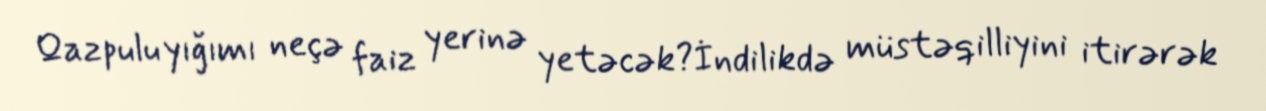
Qazpulu yığımı neçə faiz yerinə yetəcək?İndilikdə müstəqilliyini itirərək